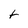
Character: t